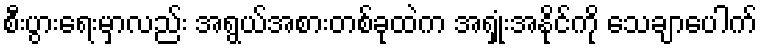
စီးပွားရေးမှာလည်း အရွယ်အစားတစ်ခုထဲက အရှုံးအနိုင်ကို သေချာပေါက်